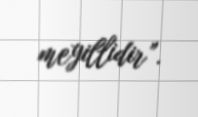
meyillidir”.